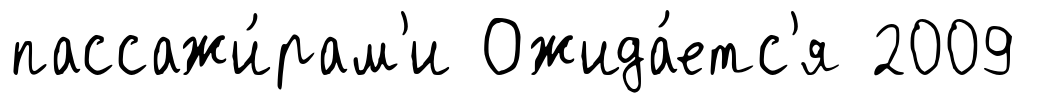
пассажи́рам'и Ожида́етс'я 2009